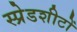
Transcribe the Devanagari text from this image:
स्प्रेडशीटों